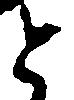
と